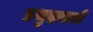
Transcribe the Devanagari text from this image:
प्रभुदासजी